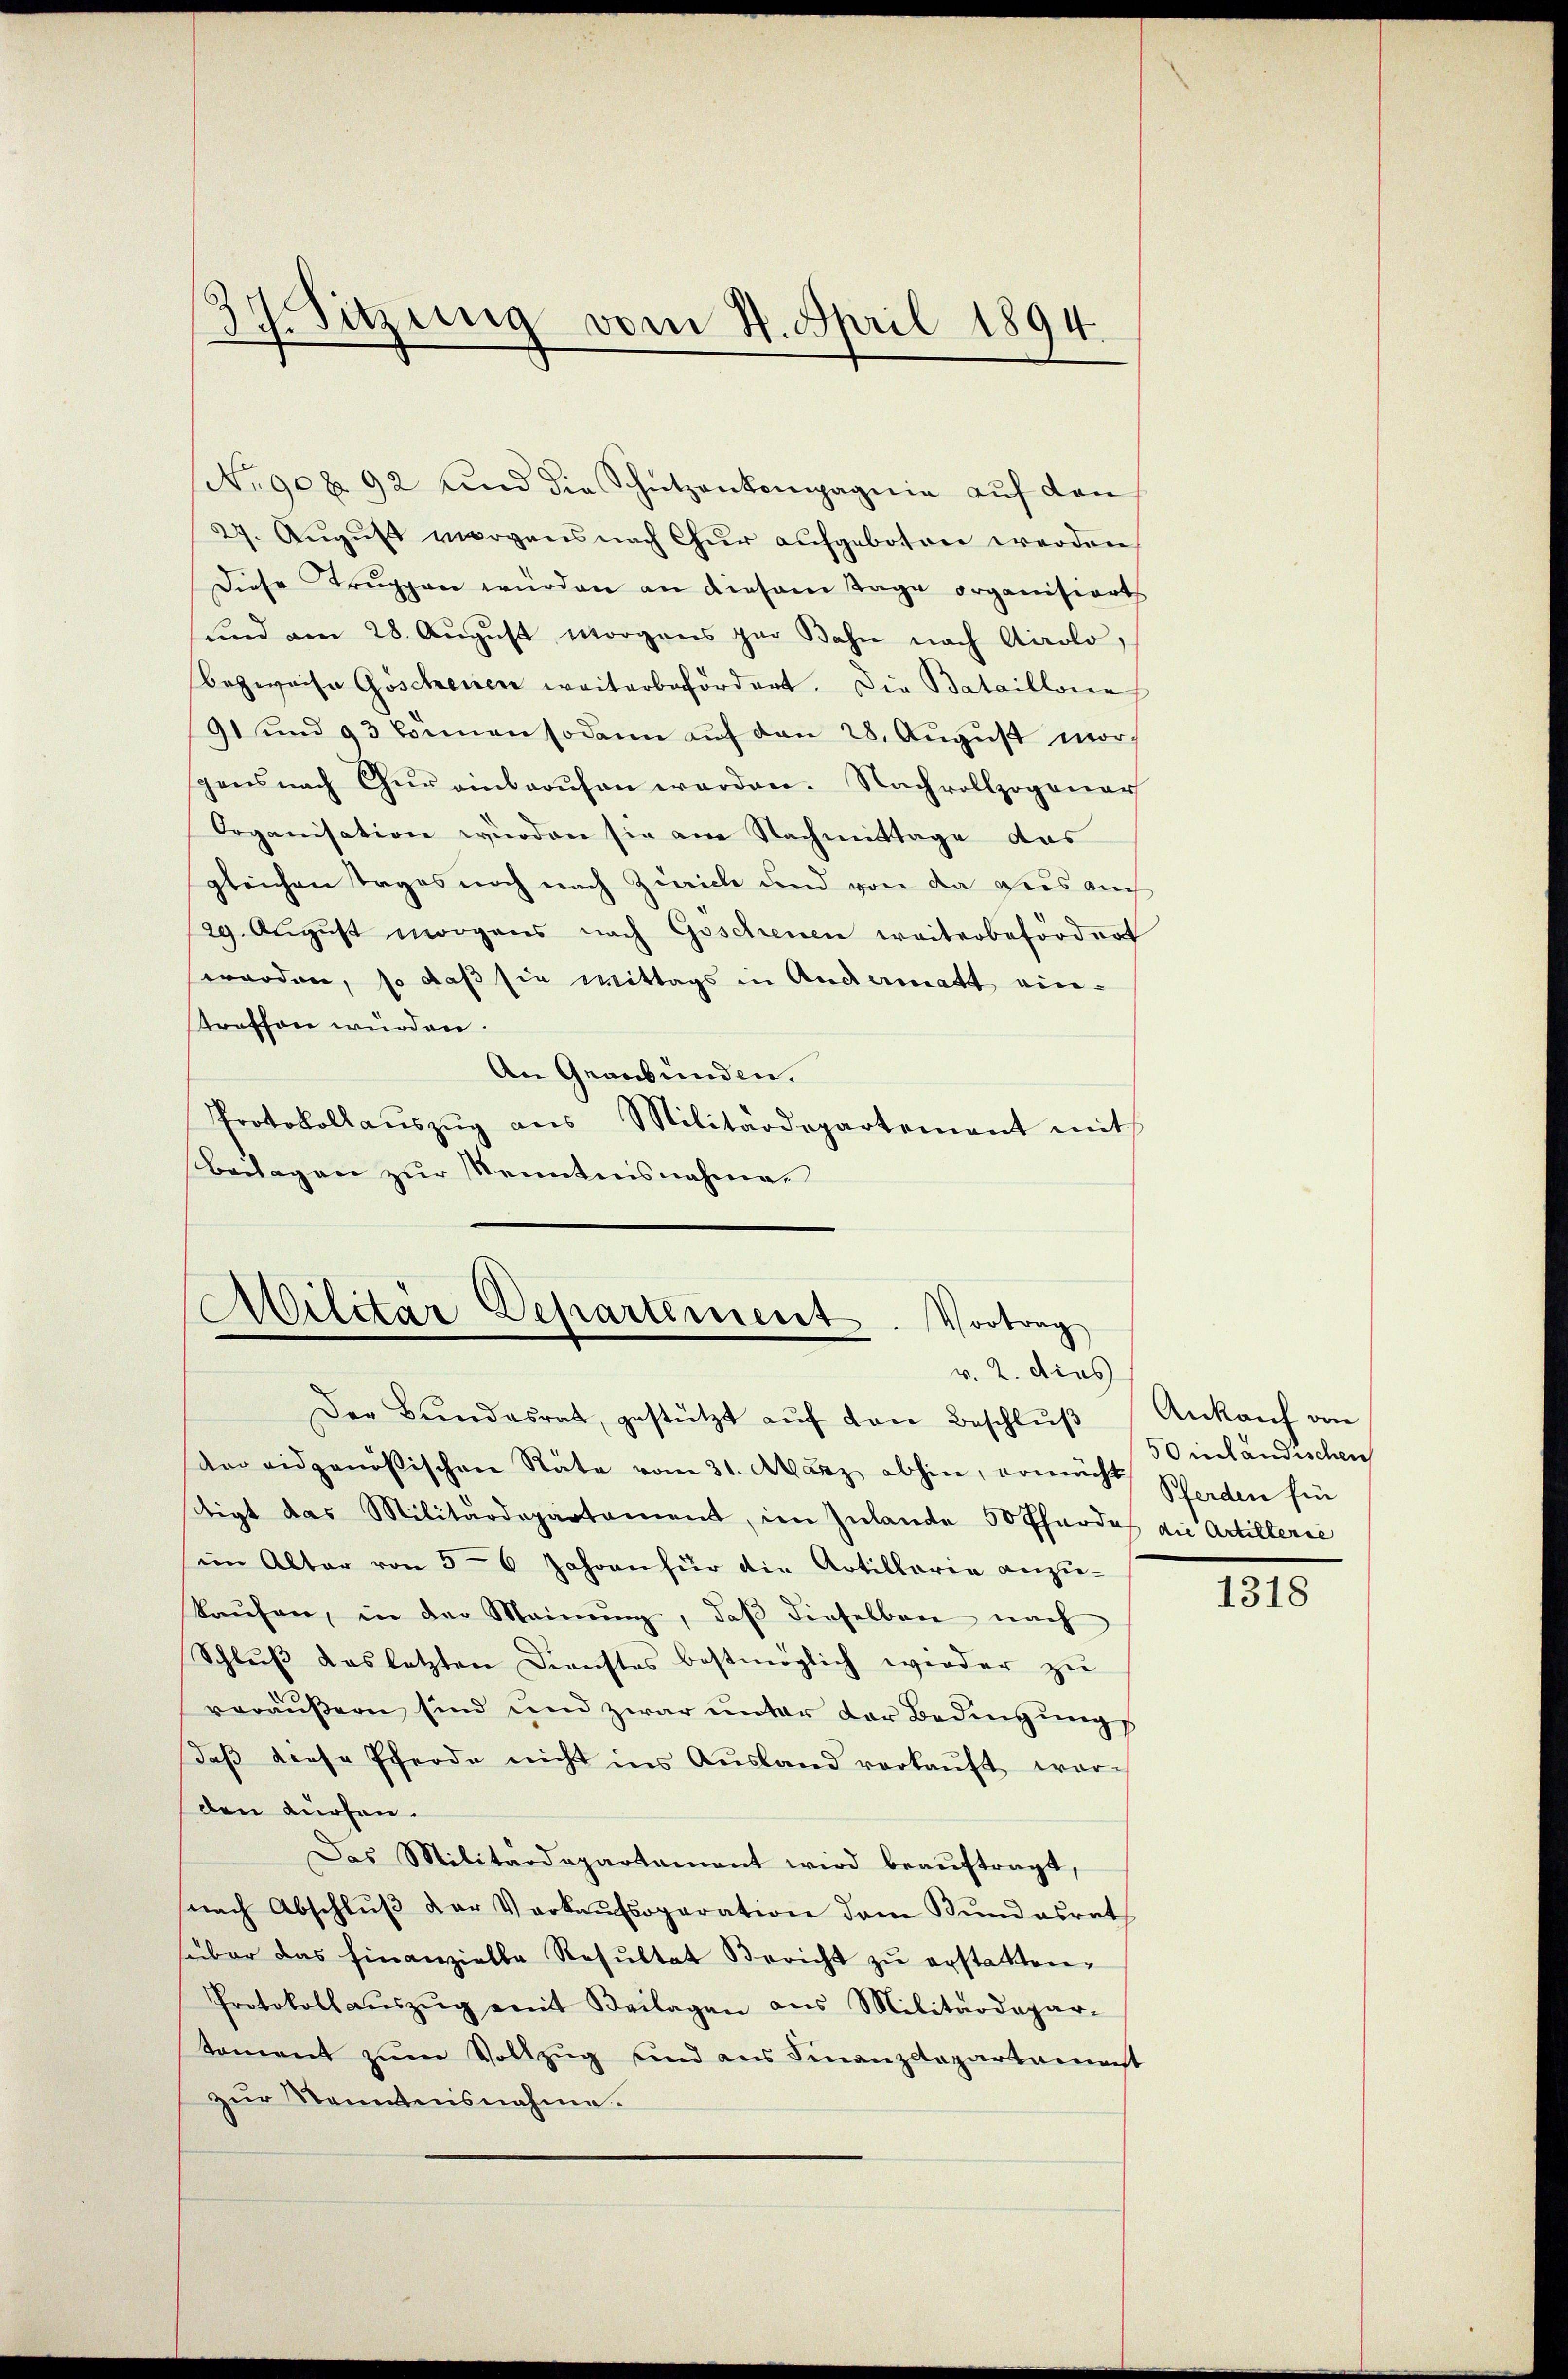
39. Sitzung vom 4. April 1894.

(N.geb. 92 und die Schutzankompagnie auf den
27. Aŭgŭst vorgens nach Chur aufgeboten werden
Diese Trŭppen würden an diesem Tage organisiert
und am 28. Aŭgŭst morgens par Bahn nach Airolo,
bezweife Göscheinen weiterbefördert. Die Bataillone
91 und 93 können sodann auf den 28. August morspens nach Gŭr einbarŭfen worden. Nachvollzogenar
Organisation wurden sie am Nachmittage das
gleichen Tages noch nach Zürich und von da aus auch
29. Aŭgŭst morgens nach Goschenen weiterbefördert
worden, so daß sie Mittags in Andermatt eintreffen würden.
An Graubünden.
Protokollaŭszŭg ans Militärdepartement mit
Beilagen zur Kenntnisnahme

der eidgenößischen Räte vom 31. März abhin, ermächt Pferden für
tigt das Militärdepartament, im Zulande 50 Pferdes die Artillerie
iin Alter von 5-6 Jahren für die Artillaria anzukaŭfen, in der Meinŭng, daβ dieselben nach
Schlŭβ das letzten Dienstes bestmöglich wieder zu
veräŭβern sind und zwar ŭnter der Bedingungs
daß diese Pferde nicht ins Ausland verkaŭft worden dürfen.
Das Militärdepartament wird beaŭftragt,
nach Abschlŭβ der Verkaŭfsoparation dem Bŭndesrat
süber das hinanzielle Resultat Bericht zŭ erstatten,
Protokoll aŭszŭg mit Beilagen aus Militärdepar-
toment zum Vollzug und aus Finanzdepartamenst
zur Kenntnisnahme.

Militär Departement
ortrag
v. 2. dies
Der Bŭndesrat, gestützt aŭf den Beschlŭβ Ankaŭf von

50 inländischen

1318